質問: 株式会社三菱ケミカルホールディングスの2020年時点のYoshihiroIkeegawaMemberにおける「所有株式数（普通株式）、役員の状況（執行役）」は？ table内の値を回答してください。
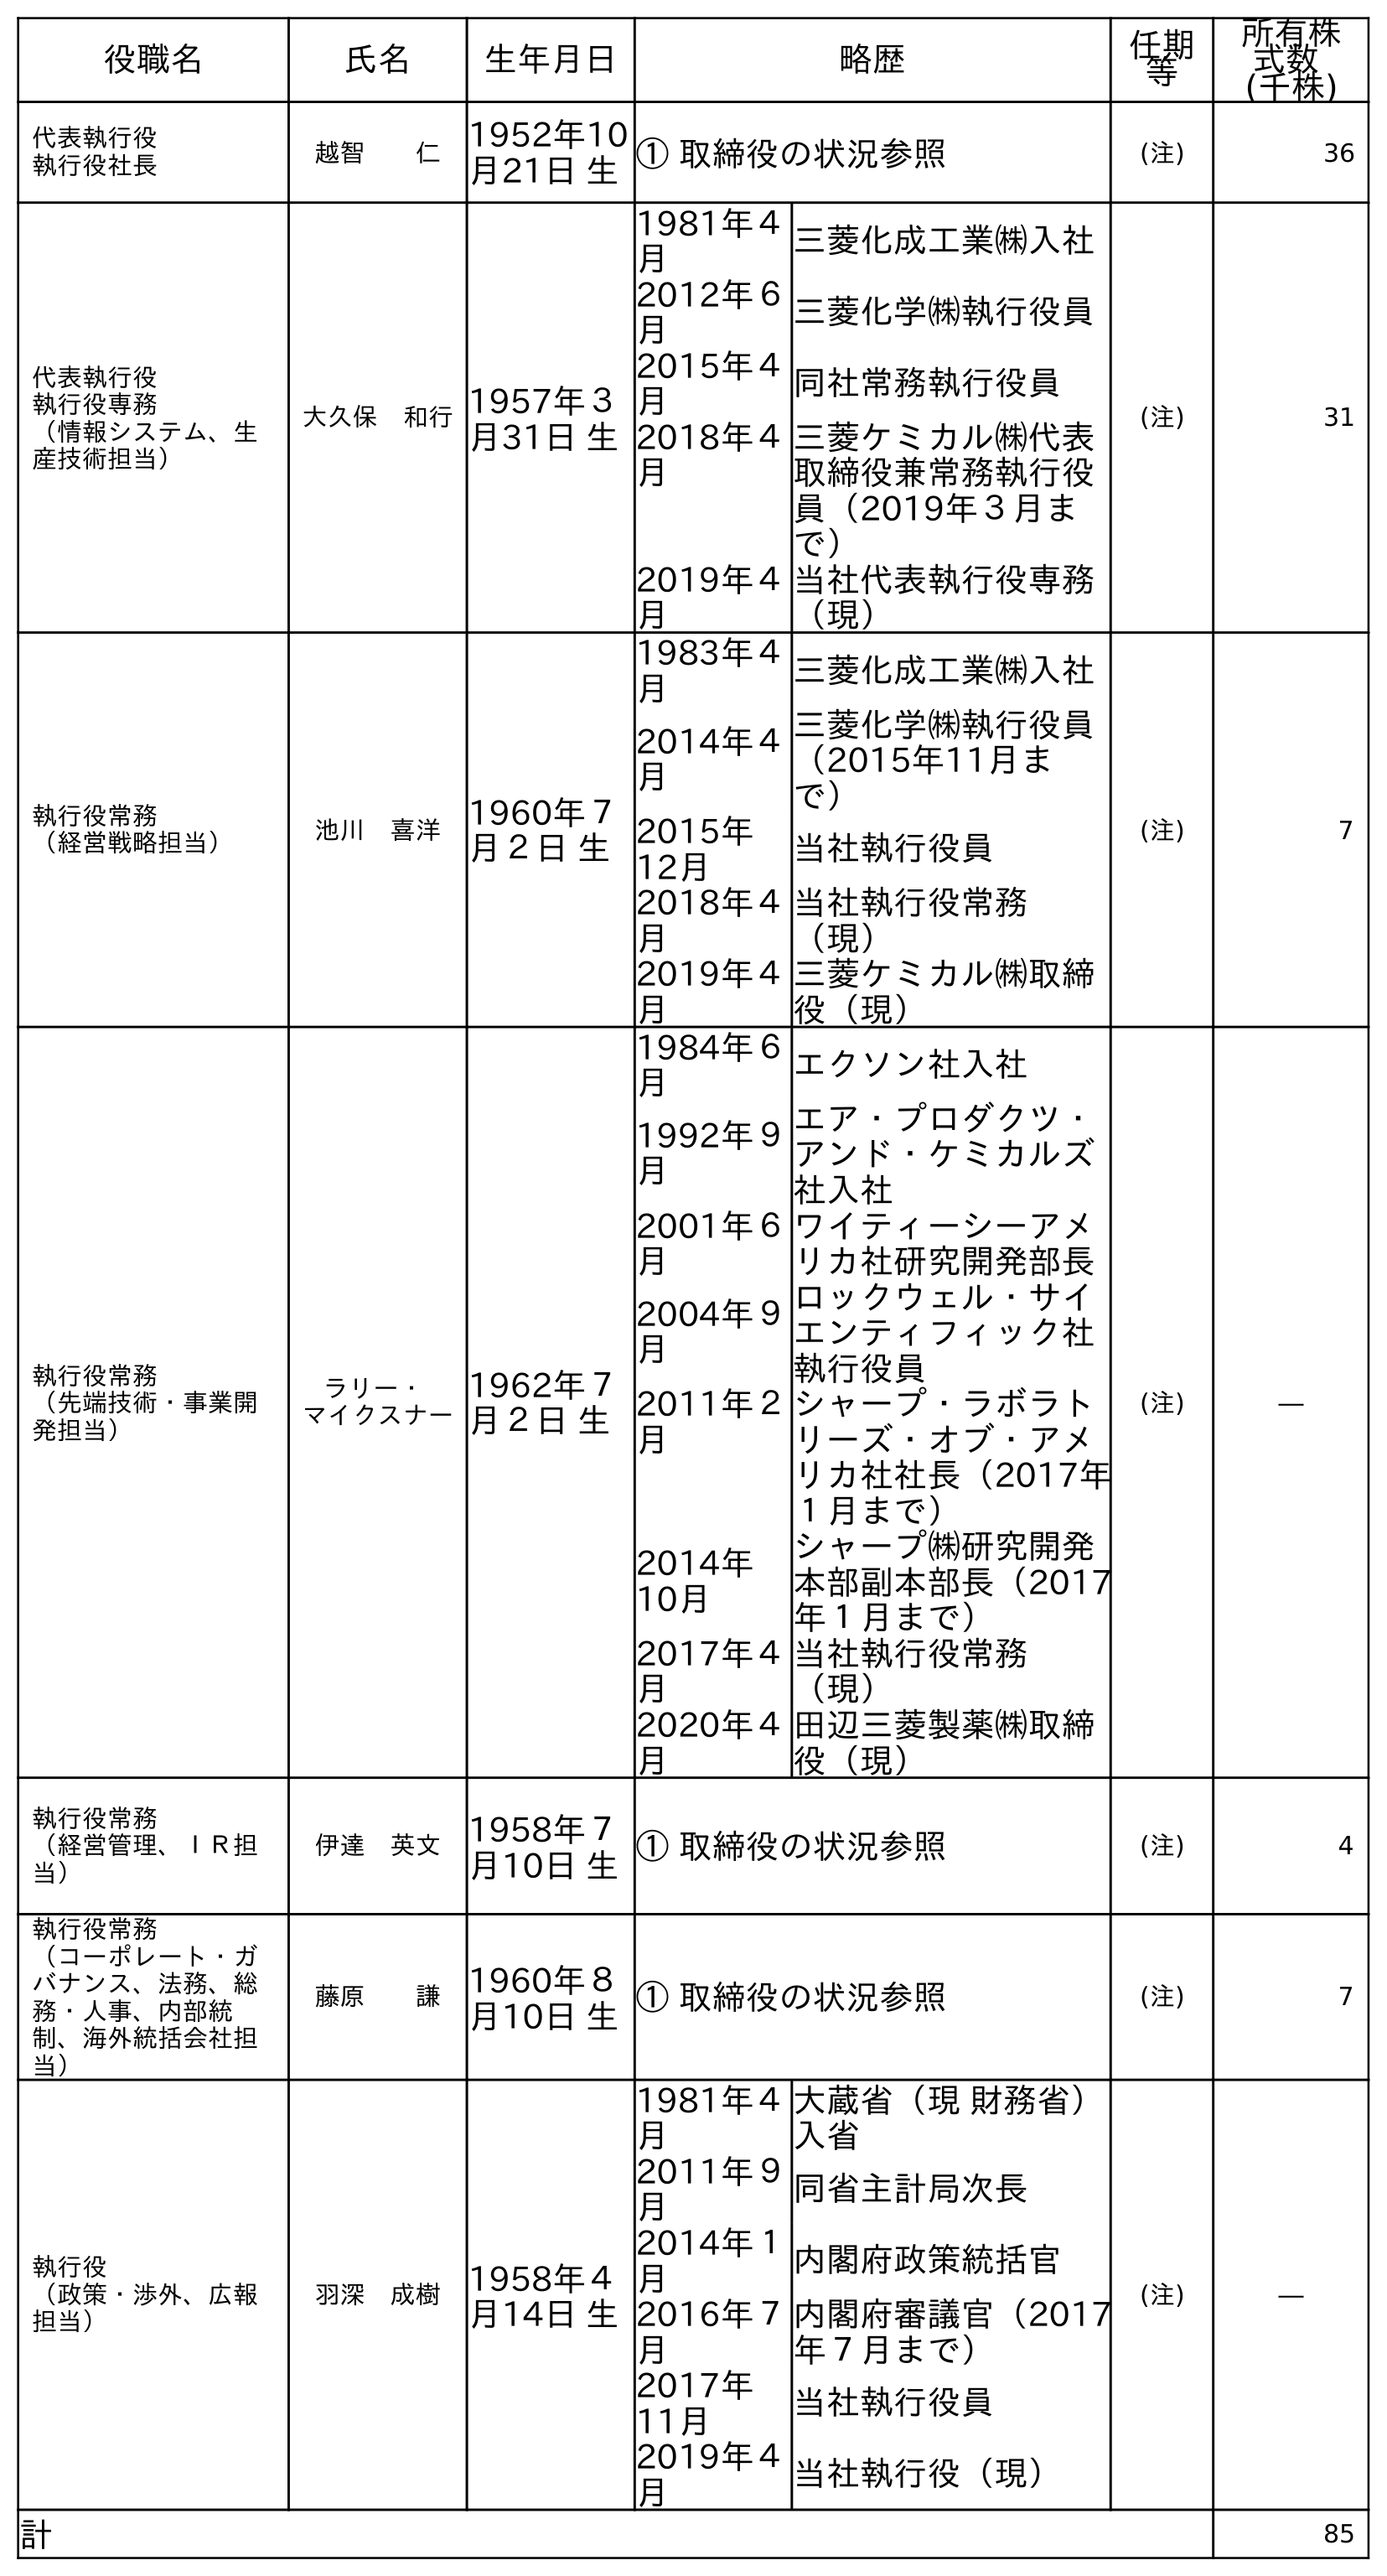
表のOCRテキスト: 役職名 氏名 生年月日 略歴 任期 等 所有株 式数 (千株) 代表執行役 執行役社長 越智  仁 1952年10 月21日 生① 取締役の状況参照 (注) 36 代表執行役 執行役専務 （情報システム、生 産技術担当） 大久保 和行1957年３ 月31日 生 1981年４ 月 三菱化成工業㈱入社 2012年６ 月 三菱化学㈱執行役員 2015年４ 月 同社常務執行役員 2018年４ 月 三菱ケミカル㈱代表 取締役兼常務執行役 員（2019年３月ま で） 2019年４ 月 当社代表執行役専務 （現） (注) 31 執行役常務 （経営戦略担当） 池川 喜洋 1960年７ 月２日 生 1983年４ 月 三菱化成工業㈱入社 2014年４ 月 三菱化学㈱執行役員 （2015年11月ま で） 2015年 12月 当社執行役員 2018年４ 月 当社執行役常務 （現） 2019年４ 月 三菱ケミカル㈱取締 役（現） (注) 7 執行役常務 （先端技術・事業開 発担当） ラリー・ マイクスナー 1962年７ 月２日 生 1984年６ 月 エクソン社入社 1992年９ 月 エア・プロダクツ・ アンド・ケミカルズ 社入社 2001年６ 月 ワイティーシーアメ リカ社研究開発部長 2004年９ 月 ロックウェル・サイ エンティフィック社 執行役員 2011年２ 月 シャープ・ラボラト リーズ・オブ・アメ リカ社社長（2017年 １月まで） 2014年 10月 シャープ㈱研究開発 本部副本部長（2017 年１月まで） 2017年４ 月 当社執行役常務 （現） 2020年４ 月 田辺三菱製薬㈱取締 役（現） (注) ― 執行役常務 （経営管理、ＩＲ担 当） 伊達 英文 1958年７ 月10日 生① 取締役の状況参照 (注) 4 執行役常務 （コーポレート・ガ バナンス、法務、総 務・人事、内部統 制、海外統括会社担 当） 藤原  謙 1960年８ 月10日 生① 取締役の状況参照 (注) 7 執行役 （政策・渉外、広報 担当） 羽深 成樹 1958年４ 月14日 生 1981年４ 月 大蔵省（現 財務省） 入省 2011年９ 月 同省主計局次長 2014年１ 月 内閣府政策統括官 2016年７ 月 内閣府審議官（2017 年７月まで） 2017年 11月 当社執行役員 2019年４ 月 当社執行役（現） (注) ― 計 85
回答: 7